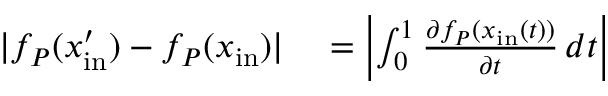
\begin{array} { r l } { | f _ { P } ( x _ { \mathrm { i n } } ^ { \prime } ) - f _ { P } ( x _ { \mathrm { i n } } ) | } & { { } = \left| \int _ { 0 } ^ { 1 } \frac { \partial f _ { P } ( x _ { \mathrm { i n } } ( t ) ) } { \partial t } \, d t \right| } \end{array}